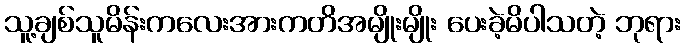
သူ့ချစ်သူမိန်းကလေးအားကတိအမျိုးမျိုး ပေးခဲ့မိပါသတဲ့ ဘုရား